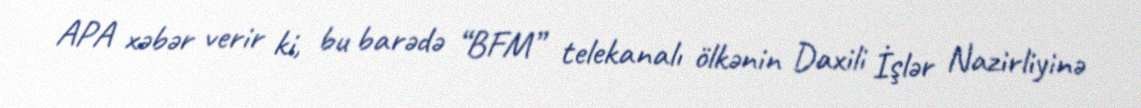
APA xəbər verir ki, bu barədə “BFM” telekanalı ölkənin Daxili İşlər Nazirliyinə